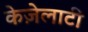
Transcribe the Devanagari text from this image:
केज़ेलाटी